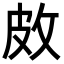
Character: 𪾇